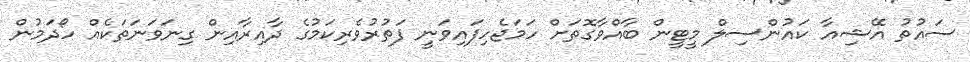
ސައުތު އޭޝިއާ ކައުންސިލް މީޓީން ބާއްވާގޮތަށް ހަމަޖެހިފައިވަނީ ފަތުރުވެރިކަމުގެ ދާއިރާއިން ގިނަވަނަތަކެއް ހޯދަމުން